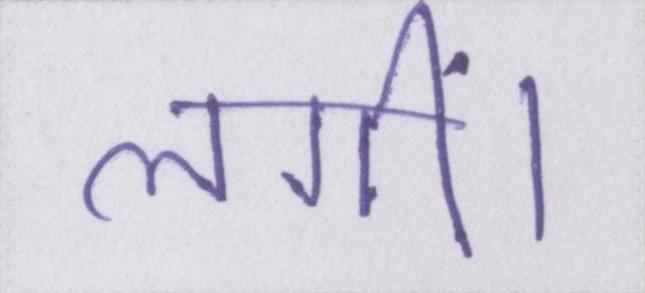
लगीं।